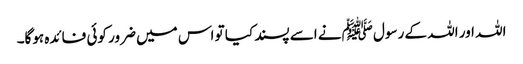
اللہ اور اللہ کے رسول ﷺنے اسے پسند کیا تو اس میں ضرور کوئی فائدہ ہوگا۔